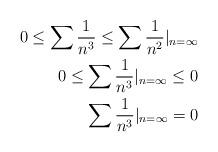
LaTeX: \begin{align*} 0 \leq \sum \frac{1}{n^{3}} \leq \sum \frac{1}{n^{2}}|_{n=\infty} \\ 0 \leq \sum \frac{1}{n^{3}}|_{n=\infty} \leq 0 \\ \sum \frac{1}{n^{3}}|_{n=\infty}=0 \end{align*}